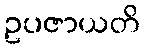
ဥပဇာယတိ